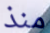
منذ